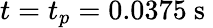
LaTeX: t=t_{p}=0.0375\mathrm{~s~}